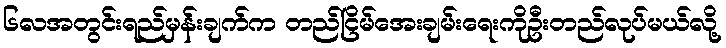
၆လအတွင်းရည်မှန်းချက်က တည်ငြိမ်အေးချမ်းရေးကိုဦးတည်လုပ်မယ်လို့